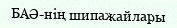
БАӘ-нiң шипажайлары